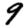
Digit: 9